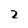
Character: 2